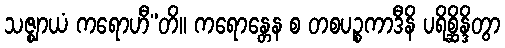
သဇ္ဈာယံ ကရောဟီ”တိ။ ကရောန္တေန စ တစပဉ္စကာဒီနိ ပရိစ္ဆိန္ဒိတွာ